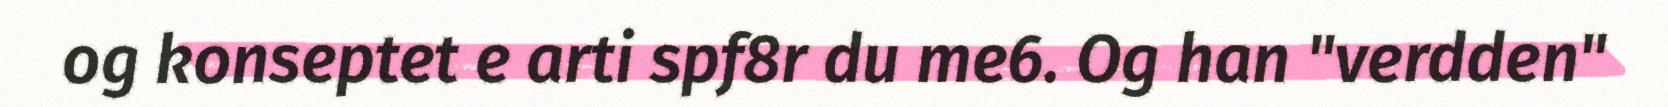
og konseptet e arti spf8r du me6. Og han "verdden"